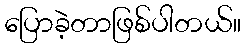
ပြောခဲ့တာဖြစ်ပါတယ်။